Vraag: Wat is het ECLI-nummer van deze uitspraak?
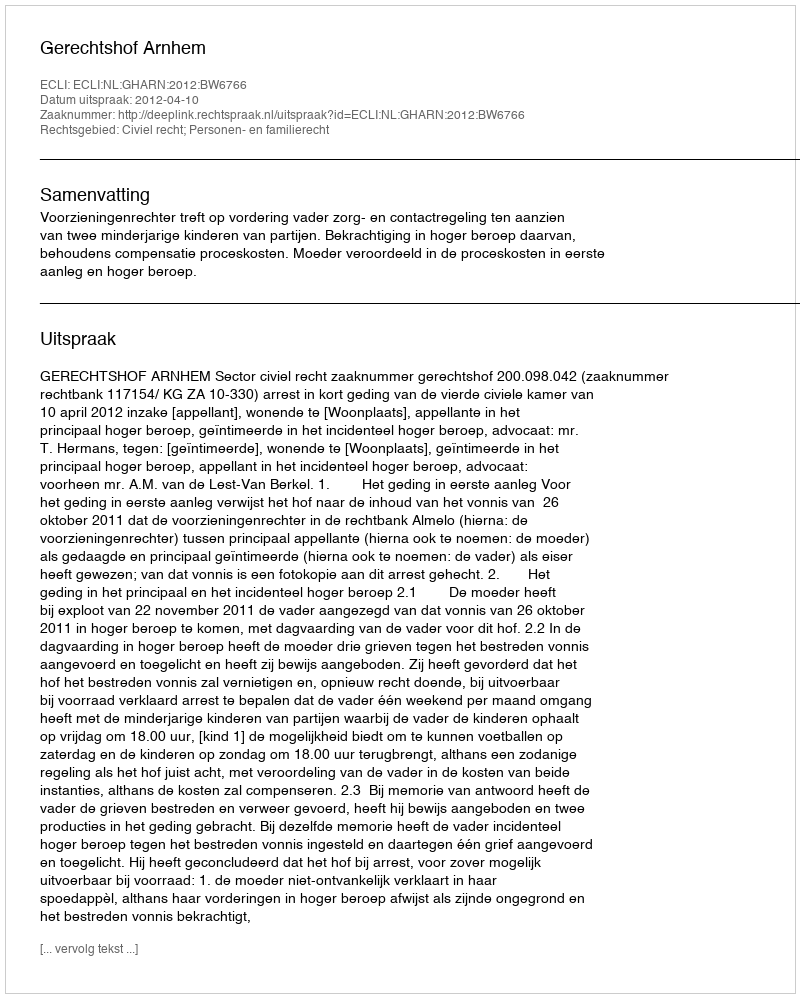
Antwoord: ECLI:NL:GHARN:2012:BW6766